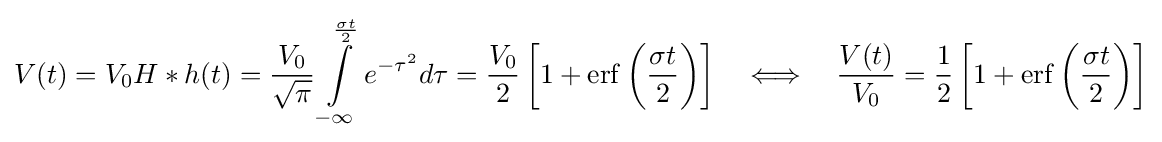
V(t)=V_{0}{H*h}(t)={\frac {V_{0}}{\sqrt {\pi }}}\int \limits _{-\infty }^{\frac {\sigma t}{2}}e^{-\tau ^{2}}d\tau ={\frac {V_{0}}{2}}\left[1+\mathrm {erf} \left({\frac {\sigma t}{2}}\right)\right]\quad \Longleftrightarrow \quad {\frac {V(t)}{V_{0}}}={\frac {1}{2}}\left[1+\mathrm {erf} \left({\frac {\sigma t}{2}}\right)\right]